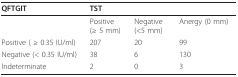
<table><thead><tr><td><b>QFTGIT</b></td><td><b>TST</b></td><td></td><td></td></tr></thead><tbody><tr><td></td><td>Positive (≥ 5 mm)</td><td>Negative (&lt;5 mm)</td><td>Anergy (0 mm)</td></tr><tr><td>Positive ( ≥ 0.35 IU/ml)</td><td>207</td><td>20</td><td>99</td></tr><tr><td>Negative (&lt; 0.35 IU/ml)</td><td>38</td><td>6</td><td>130</td></tr><tr><td>Indeterminate</td><td>2</td><td>0</td><td>3</td></tr></tbody></table>